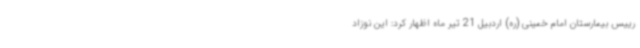
رییس بیمارستان امام خمینی (ره) اردبیل 21 تیر ماه اظهار کرد: این نوزاد